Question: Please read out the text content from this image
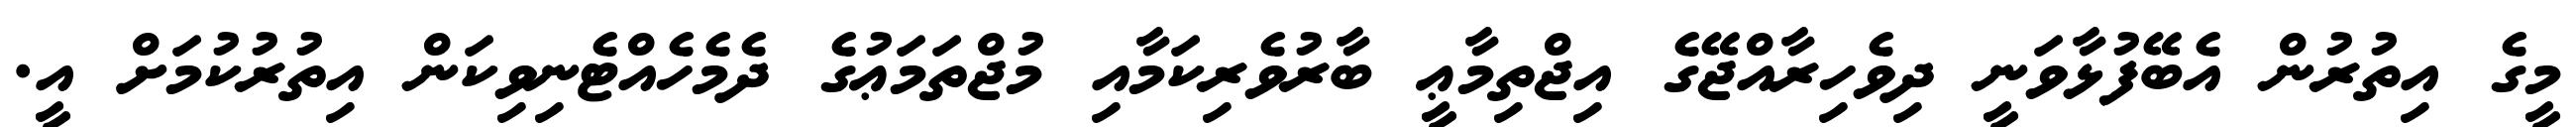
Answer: މީގެ އިތުރުން އެބޭފުޅާވަނީ ދިވެހިރާއްޖޭގެ އިޖްތިމާޢީ ބާރުވެރިކަމާއި މުޖްތަމަޢުގެ ދެމެހެއްޓެނިވިކަން އިތުރުކުމަށް އީ.